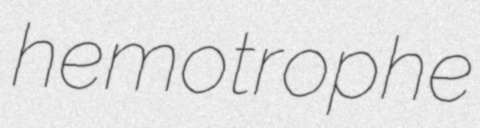
hemotrophe